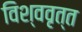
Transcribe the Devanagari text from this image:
विश्ववृत्त